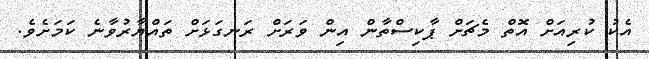
އެކު ކުރިއަށް އޮތް މެޗަށް ޕާކިސްތާން އިން ވަރަށް ރަނގަޅަށް ތައްޔާރުވާނެ ކަމަށެވެ.